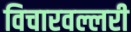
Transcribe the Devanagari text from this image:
विचारवल्लरी